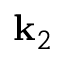
\mathbf { k } _ { 2 }